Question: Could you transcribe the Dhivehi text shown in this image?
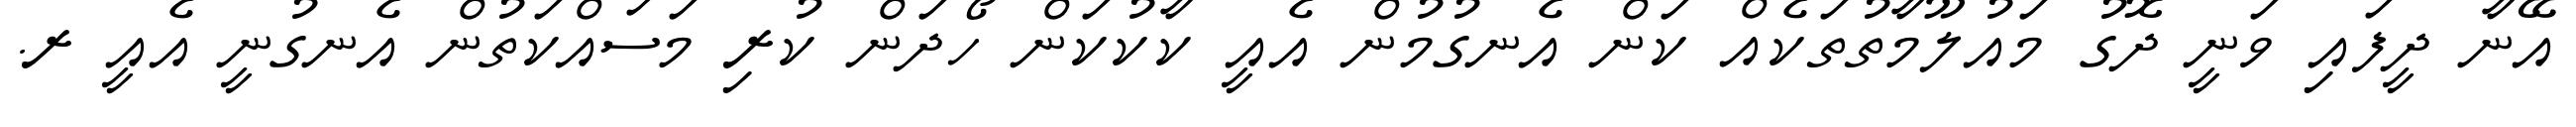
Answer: އޭނާ ދީފައި ވަނީ ދޮގު މައުލޫމާތުތަކެއް ކަން އެނގުމުން އެއީ ކާކުކަން ހޯދަން ކުރި މަސައްކަތުން އެނގުނީ އެއީ ރ.